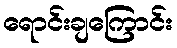
ရောင်းချကြောင်း